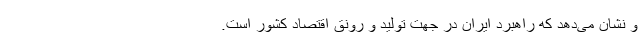
و نشان می‌دهد که راهبرد ایران در جهت تولید و رونق اقتصاد کشور است.